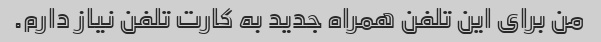
من برای این تلفن همراه جدید به کارت تلفن نیاز دارم.